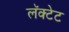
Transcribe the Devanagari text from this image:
लॅक्टेट